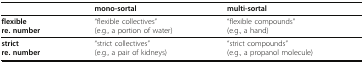
|  | mono-sortal | multi-sortal |
 | --- | --- | --- |
 | flexiblere. number | “flexible collectives”(e.g., a portion of water) | “flexible compounds”(e.g., a hand) |
 | strictre. number | “strict collectives”(e.g., a pair of kidneys) | “strict compounds”(e.g., a propanol molecule) |